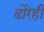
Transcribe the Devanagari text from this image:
ढोरेही